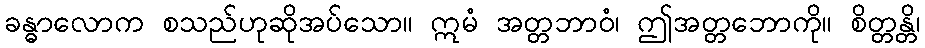
ခန္ဓာလောက စသည်ဟုဆိုအပ်သော။ ဣမံ အတ္တဘာဝံ၊ ဤအတ္တဘောကို။ စိတ္တန္တိ၊